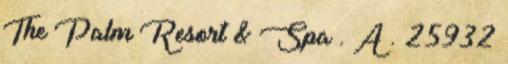
The Palm Resort & Spa . A . 25932